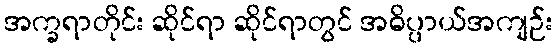
အက္ခရာတိုင်း ဆိုင်ရာ ဆိုင်ရာတွင် အဓိပ္ပာယ်အကျဉ်း